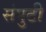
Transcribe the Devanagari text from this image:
संपुटी